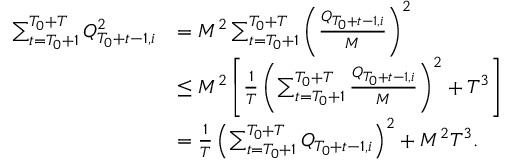
\begin{array} { r l } { \sum _ { t = T _ { 0 } + 1 } ^ { T _ { 0 } + T } Q _ { T _ { 0 } + t - 1 , i } ^ { 2 } } & { = M ^ { 2 } \sum _ { t = T _ { 0 } + 1 } ^ { T _ { 0 } + T } \left( \frac { Q _ { T _ { 0 } + t - 1 , i } } M \right) ^ { 2 } } \\ & { \le M ^ { 2 } \left[ \frac 1 T \left( \sum _ { t = T _ { 0 } + 1 } ^ { T _ { 0 } + T } \frac { Q _ { T _ { 0 } + t - 1 , i } } M \right) ^ { 2 } + T ^ { 3 } \right] } \\ & { = \frac 1 T \left( \sum _ { t = T _ { 0 } + 1 } ^ { T _ { 0 } + T } Q _ { T _ { 0 } + t - 1 , i } \right) ^ { 2 } + M ^ { 2 } T ^ { 3 } . } \end{array}